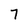
Character: 7